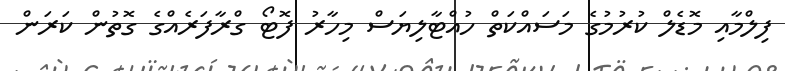
ފިލްމާއި މޮޑެލް ކުރުމުގެ މަސައްކަތް ހުއްޓާލިޔަސް މިހާރު ފޮޓޯ ގްރާފަރެއްގެ ގޮތުން ކަރަން